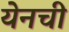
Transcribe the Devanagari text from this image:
येनची